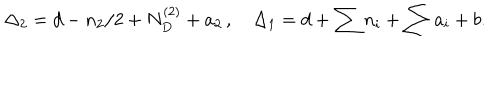
\Delta _ { 2 } = d - n _ { 2 } / 2 + N _ { D } ^ { ( 2 ) } + a _ { 2 } \, , \quad \Delta _ { 1 } = d + \sum n _ { i } + \sum a _ { i } + b .